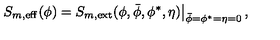
\left. S _ { m , \mathrm { e f f } } ( \phi ) = S _ { m , \mathrm { e x t } } ( \phi , \bar { \phi } , \phi ^ { * } , \eta ) \right| _ { \bar { \phi } = \phi ^ { * } = \eta = 0 } ,